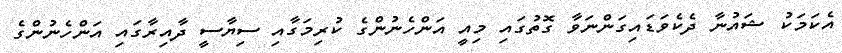
އެކަމަކު ޝައުނާ ދެކެވަޑައިގަންނަވާ ގޮތުގައި މިއީ އަންހެނުންގެ ކުރިމަގާއި ސިޔާސީ ދާއިރާގައި އަންހެނުންގެ